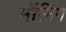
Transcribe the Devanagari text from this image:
मॉनिंग